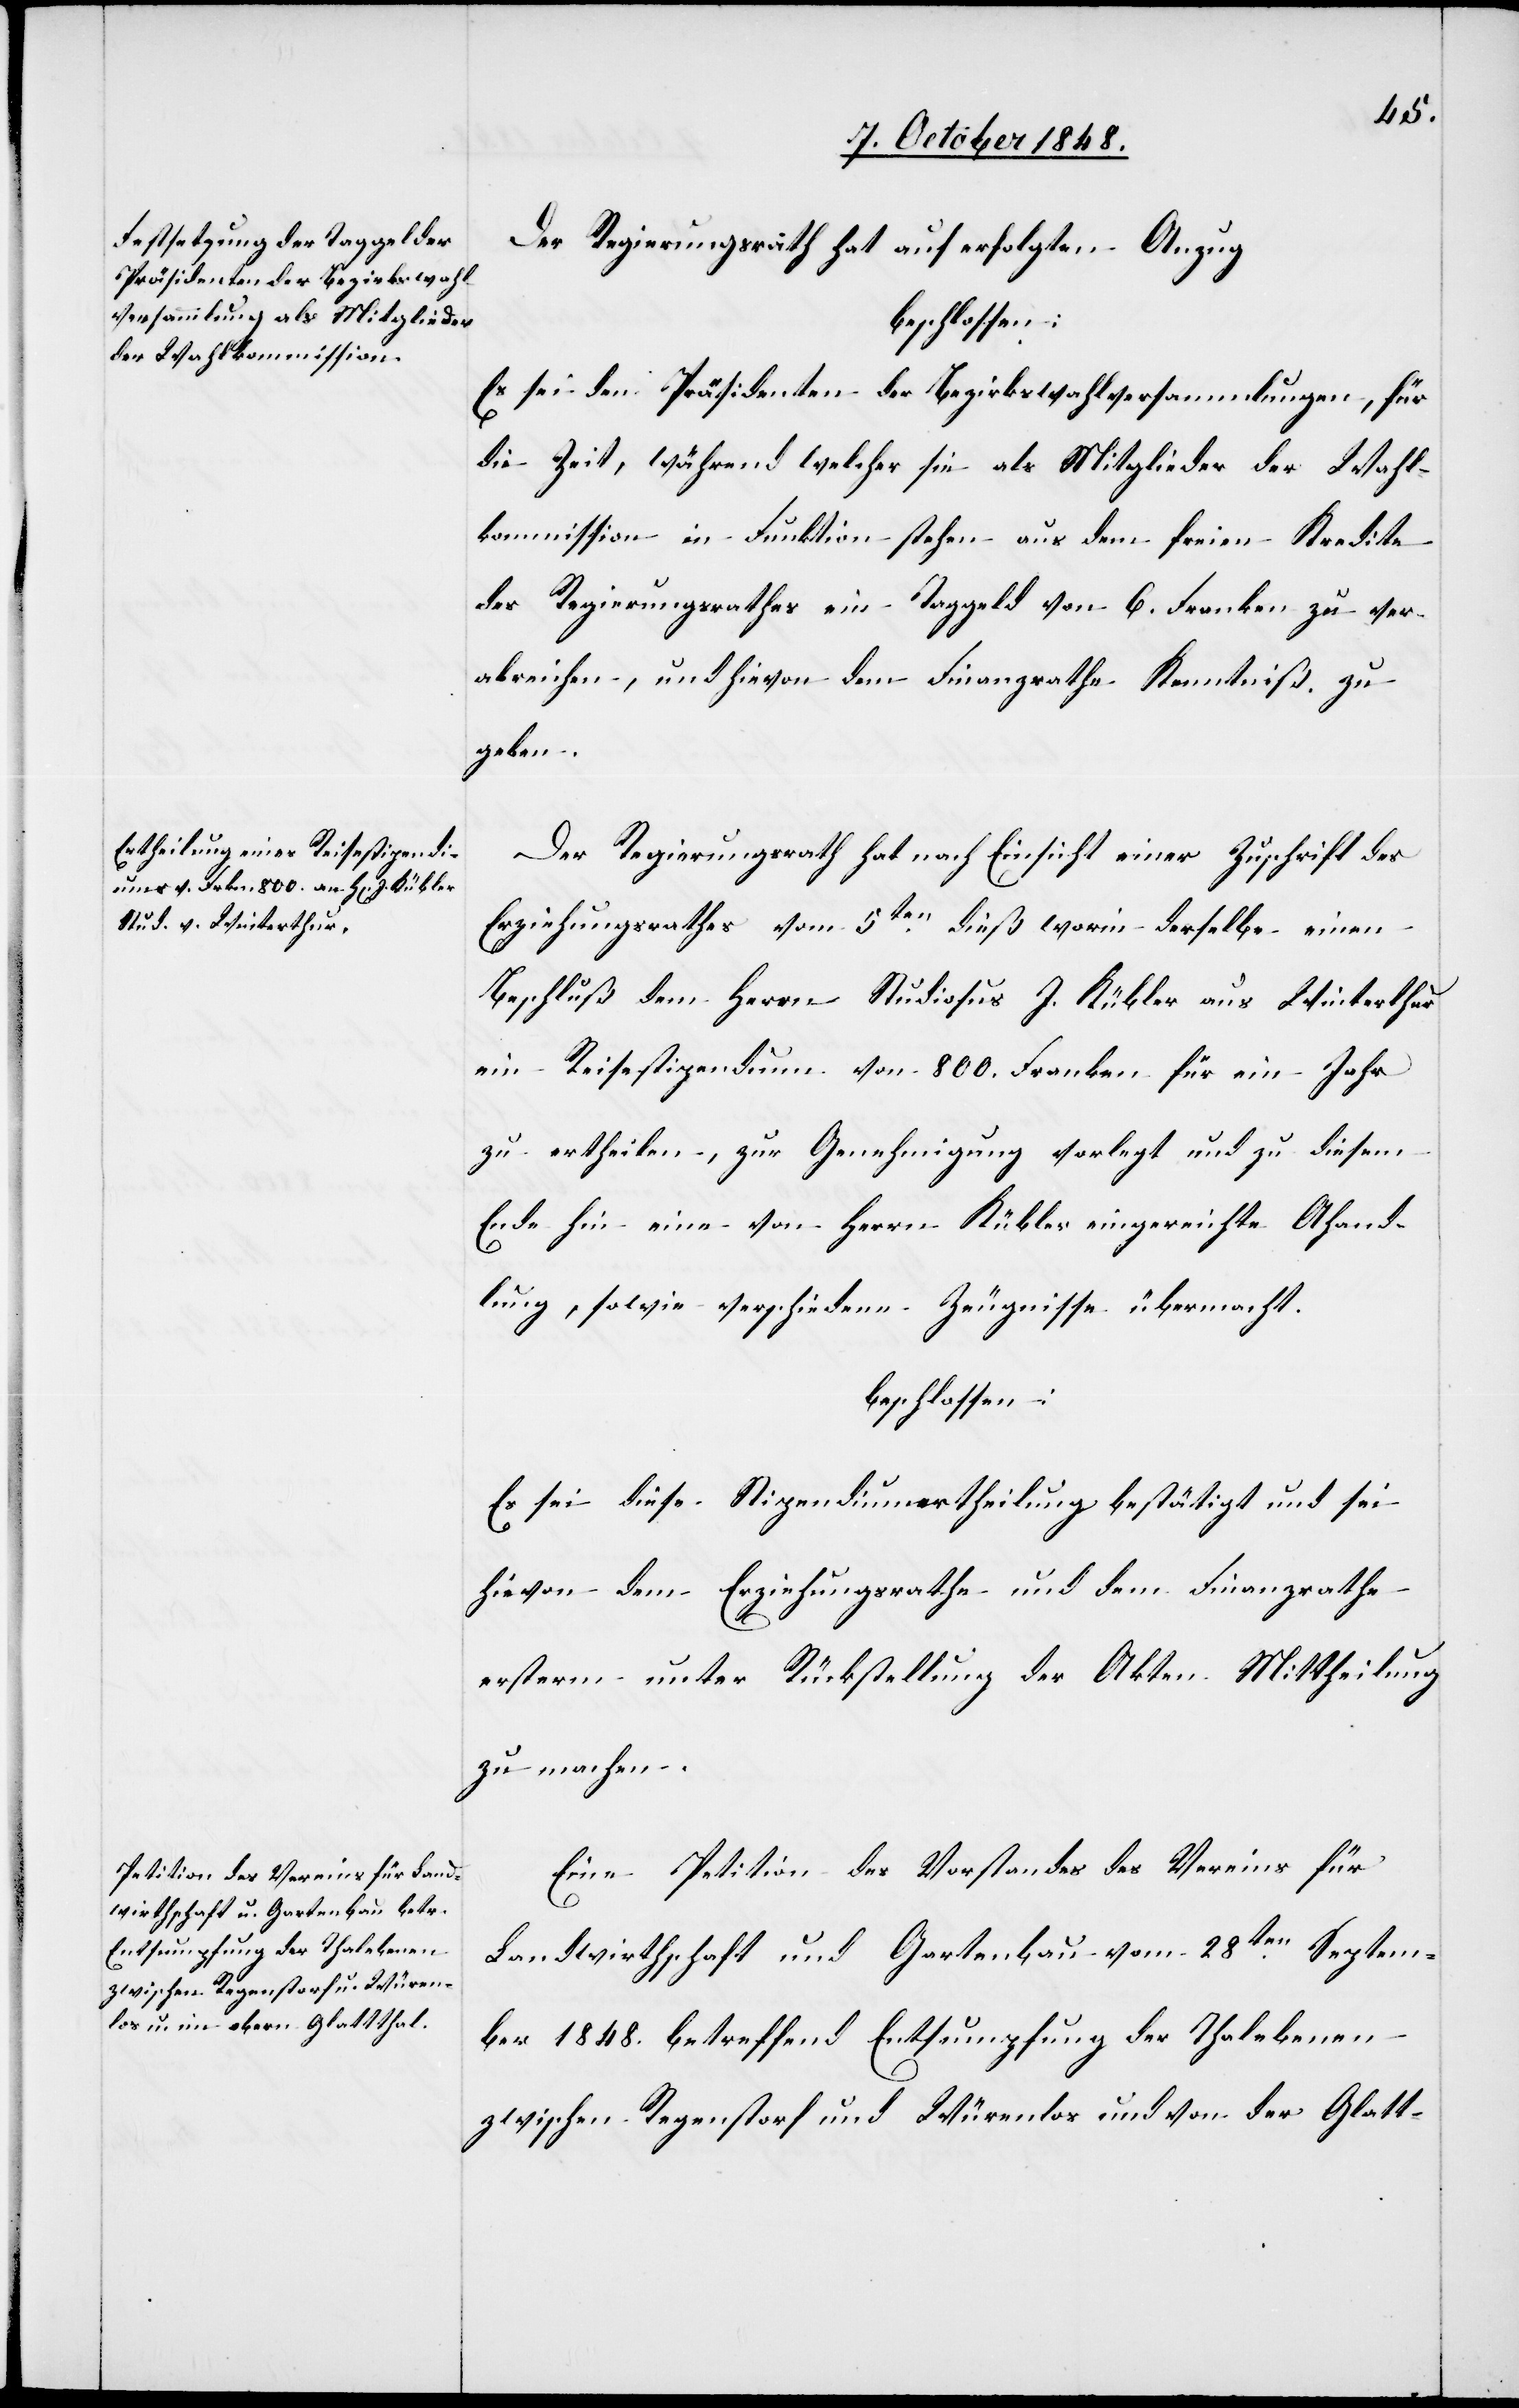
Der Regierungsrath hat auf erfolgten Anzug
beschlossen:
Es sei den Präsidenten der Bezirkswahlversammlungen, für
die Zeit, während welcher sie als Mitglieder der Wahl¬
kommission in Funktion stehen aus dem freien Kredite
des Regierungsrathes ein Taggeld von 6. Franken zu ver¬
abreichen, und hievon dem Finanzrathe Kenntniß zu
geben.
Der Regierungsrath hat nach Einsicht einer Zuschrift des
Erziehungsrathes vom 5ten dieß worin derselbe einen
Beschluß dem Herrn Studiosus J. Kübler aus Winterthur
ein Reisestipendium von 800. Franken für ein Jahr
zu ertheilen, zur Genehmigung vorlegt und zu diesem
Ende hin eine von Herrn Kübler eingereichte A[b]hand¬
lung, sowie verschiedene Zeugnisse übermacht.
beschlossen:
Es sei diese Stipendiumertheilung bestätigt und sei
hievon dem Erziehungsrathe und dem Finanzrathe
ersterm unter Rückstellung der Akten Mittheilung
zu machen.
Eine Petition des Vorstandes des Vereins für
Landwirthschaft und Gartenbau vom 28ten. Septem¬
ber 1848. betreffend Entsumpfung der Thalebenen
zwischen Regenstorf und Würenlos und von der Glatt-